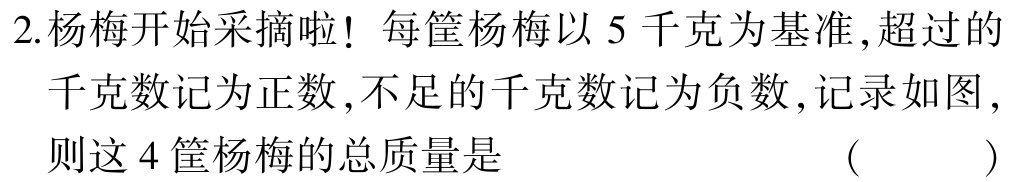
2.杨梅开始采摘啦！每筐杨梅以5千克为基准,超过的

千克数记为正数,不足的千克数记为负数,记录如图,

则这4筐杨梅的总质量是 （  ）